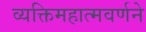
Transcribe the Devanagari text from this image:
व्यक्तिमहात्मवर्णने